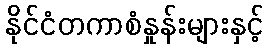
နိုင်ငံတကာစံနှုန်းများနှင့်